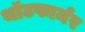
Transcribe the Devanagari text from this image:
थॉटफार्मर